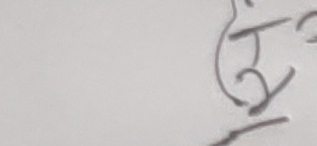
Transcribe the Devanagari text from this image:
ख